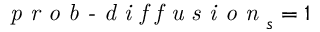
\textit { p r o b - d i f f u s i o n } _ { s } = 1